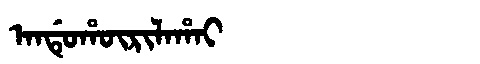
Manchu: ᠠᠨᡩᡠᡥᡡᡵᡳᠯᠠᡥᠠᡳ
Romanization: ANDUHŪRILAHAI